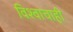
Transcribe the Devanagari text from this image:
विश्वाचाही